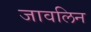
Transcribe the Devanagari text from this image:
जावलिन